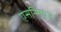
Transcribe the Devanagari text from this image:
एसन्शियन